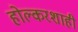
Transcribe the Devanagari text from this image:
होल्करशाही